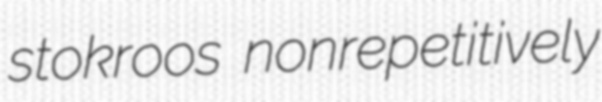
stokroos nonrepetitively